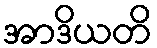
အာဒိယတိ